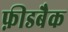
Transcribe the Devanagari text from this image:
फ़ीडबैक